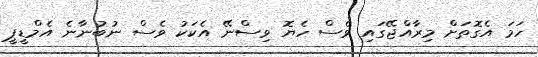
ހަމަ އެގޮތަށް މިރާއްޖޭގައި ވެސް ހެޔޮ ވިސްނޭ އެކަކު ވެސް ނުބުނާނެ އެމްޑީޕީ